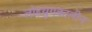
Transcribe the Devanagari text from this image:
लोहयुगकालीन